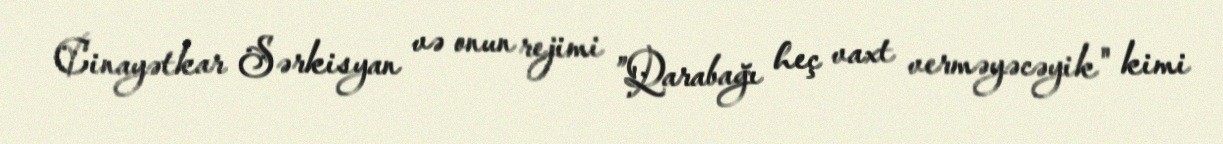
Cinayətkar Sərkisyan və onun rejimi ”Qarabağı heç vaxt verməyəcəyik" kimi